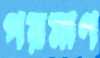
পরমাণ